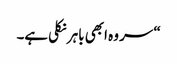
“ سر وہ ابھی باہر نکلی ہے۔